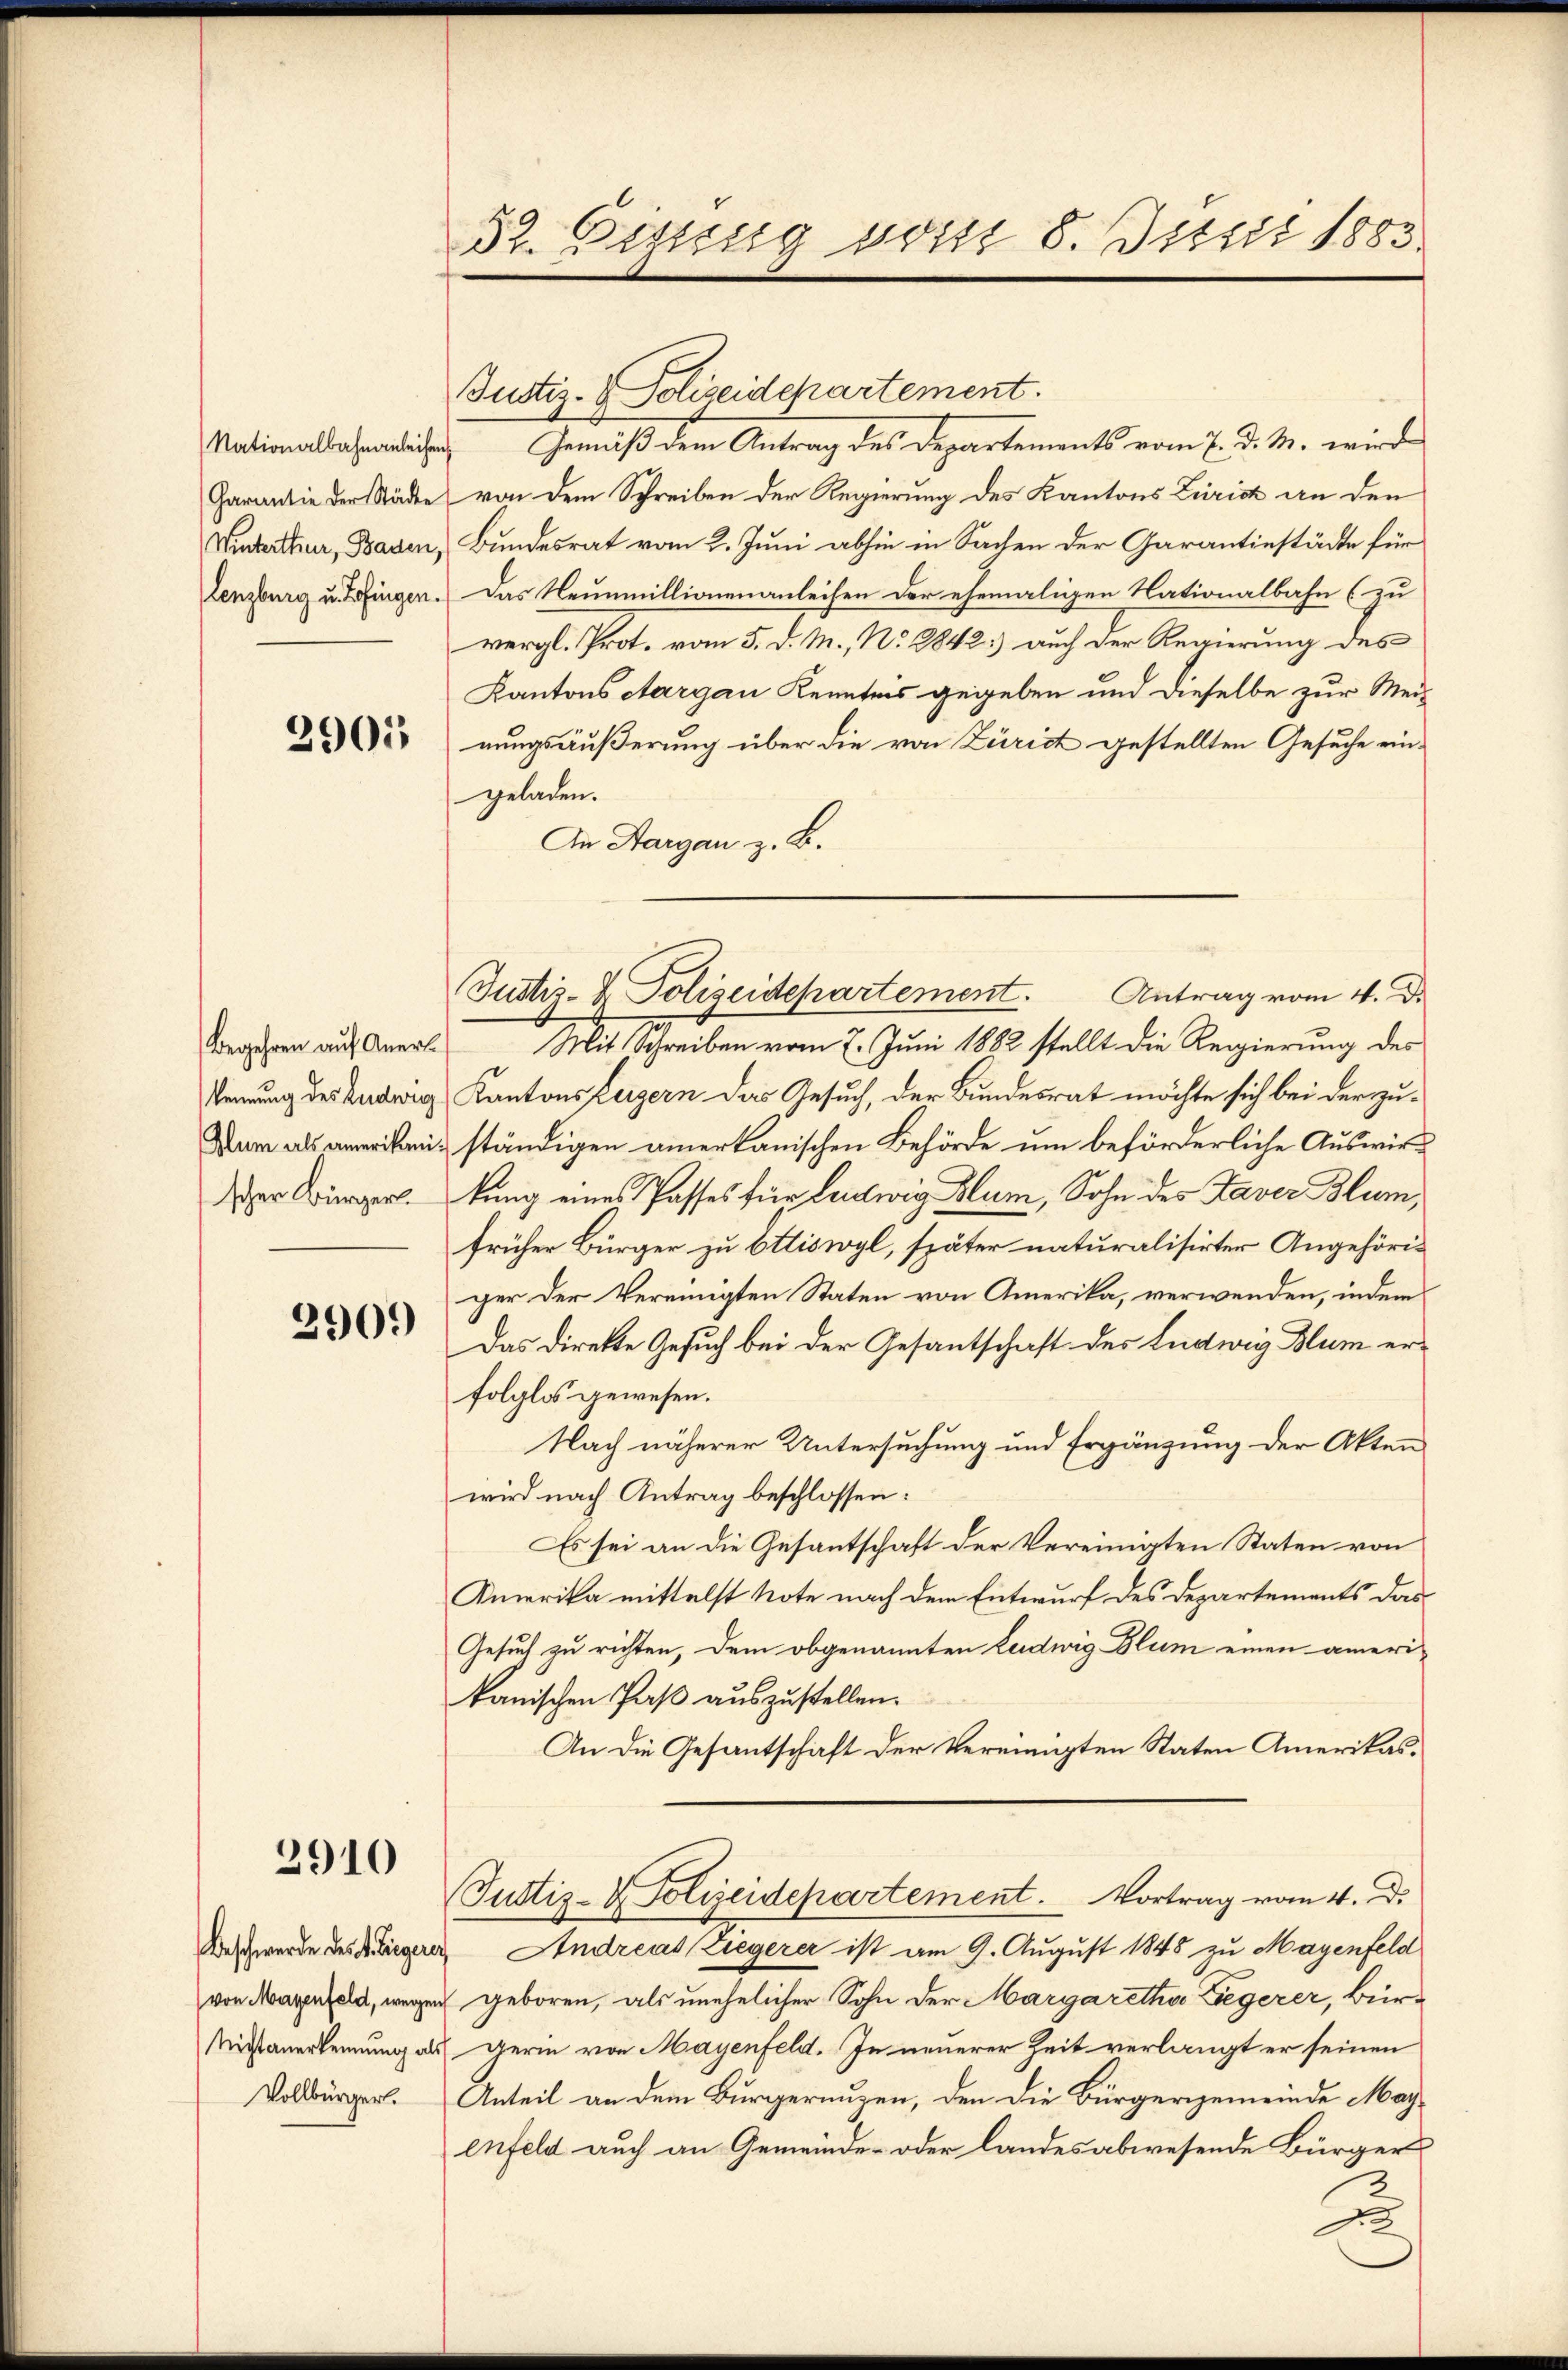
Nationalbahnanleihen
Garantie der Städte
Winterthur, Baden,
Lenzburg u. Zofingen.

2905

Begehren auf Anerk
scher Bürgerl.

2909

2910

Beschwerde des I. Ziegere
(von Mayenfeld, wegen
Nichtanerkennung als
Vollbürgerl.

52. Bissung von 8. Juni 1883

Justiz-Polizeidepartement.
Gemäß dem Antrag des Departements vom 7. d. M. wird
von dem Schreiben der Regierung des Kantons Zürich an den
Bundesrat vom 2. Juni abhin in Sachen der Garantiestädte für
Das Neunmillionenanleihen der ehemaligen Nationalbahn (zu
vergl. Prot. vom 5. d. M., No 2842) auch der Regierung des
Kantons Aargau Kenntnis gegeben und dieselbe zur Mei-
nungsäußerung über die von Zürich gestellten Gesuche eingeladen.
An Aargau z. B.
Mit Schreiben vom 7. Juni 1882 stellt die Regierung des
kennung des Ludwig Kantonsbergern das Gesuch, der Bundesrat möchte sich bei der zu¬
War als ameriken ständigen anerkanischen Behörde um beförderliche Auswirkung eines Passes für Ludwig Blum, Sohn des Taver Blum,
früher Bürger zu Ottiswyl, später naturalisirter Angehöriger der Vereinigten Staten von Amerika, verwenden, indem
Das Direkte Gesuch bei der Gesantschaft des Ludwig Blum erfolglos gewesen.
Nach näherer Untersuchung und Ergänzung der Akten
wird nach Antrag beschlossen:
Es sei an die Gesantschaft der Vereinigten Staten von
Amerika mittelst Note nach dem Entwurf des Departements das
Gesuch zu richten, dem obgenannten Ludwig Blum einen amerikanischen Paß auszustellen.
An die Gesantschaft der Vereinigten Staten Amerikas¬
Justiz- & Polizeidepartement. Vortrag vom 4. Di
Andreas (Ziegerer ist am 9. August 1848 zu Mayenfeld
u geboren, als unehelicher Sohn der Margaretha Begerer, Bür¬
Gerin von Mayenfeld. In neuerer Zeit verlangt er seinen
Anteil an dem Bürgerungen, den die Bürgergemeinde Mayenfeld auch an Gemeinde- oder landes abwesende Bürger
u

Justiz- & Polizeidepartement. Antrag vom 4. De